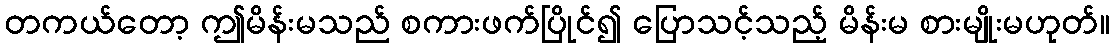
တကယ်တော့ ဤမိန်းမသည် စကားဖက်ပြိုင်၍ ပြောသင့်သည့် မိန်းမ စားမျိုးမဟုတ်။